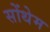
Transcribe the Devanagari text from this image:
सोंथेम